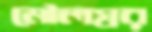
মৌলস্বর